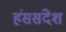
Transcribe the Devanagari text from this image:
हंससंदेश